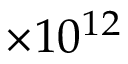
\times 1 0 ^ { 1 2 }